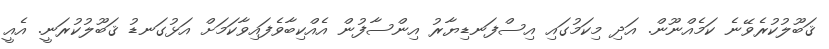
ޤަބޫލުކުރެވޭނެ ކަމެއްނޫން. އަދި މިކަމުގައި އިސްފަނޑިޔާރު އިންސާފުން އެއްކިބާވެފައިވާކަމަށް އަޅުގަނޑު ޤަބޫލުކުރަނީ. އެއީ